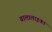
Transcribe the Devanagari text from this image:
बालालाइका